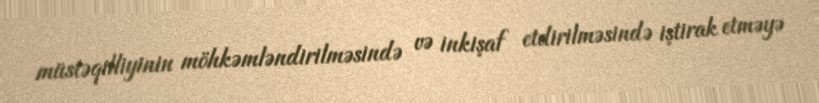
müstəqilliyinin möhkəmləndirilməsində və inkişaf etdirilməsində iştirak etməyə